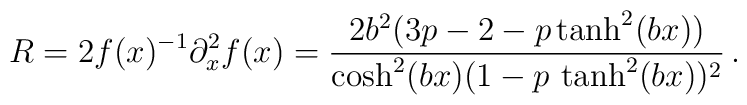
R=2f(x)^{-1}\partial_x^2 f(x)=\frac{2b^2(3p-2-p \tanh^2(bx))}{\cosh^2(bx)(1-p\,\tanh^2(bx))^2} \,.